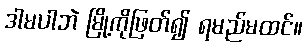
ဒါမပါဘဲ မြို့ကိုဖြတ်၍ ရမည်မထင်။